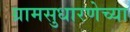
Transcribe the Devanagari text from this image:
ग्रामसुधारणेच्या